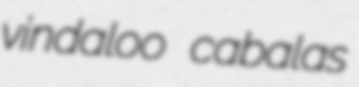
vindaloo cabalas